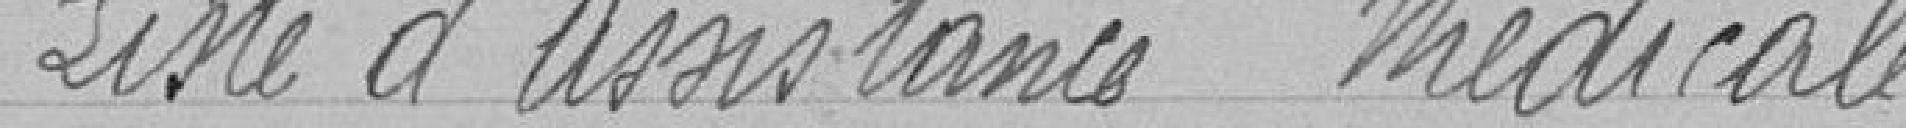
Liste d'assistance médicale